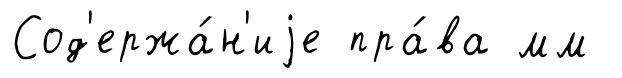
Сод'ержа́н'иjе пра́ва мм